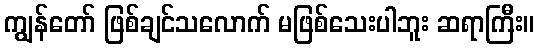
ကျွန်တော် ဖြစ်ချင်သလောက် မဖြစ်သေးပါဘူး ဆရာကြီး။